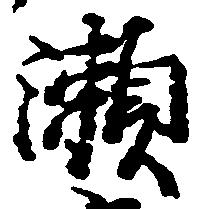
瀬